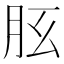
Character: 𦙘